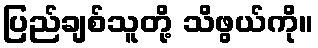
ပြည်ချစ်သူတို့ သိဖွယ်ကို။